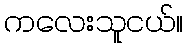
ကလေးသူငယ်။